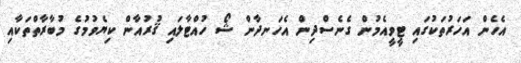
އެހެން އަހަރުތަކުގައި ޓީވީއެމުން ގެނެސްދިން އެހަނދާން ޝޯ ހުއްޓާލައި ޤުރުއާން ކިޔެވުމުގެ މުބާރާތްތަކާއި